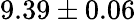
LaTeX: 9.39\pm 0.06